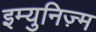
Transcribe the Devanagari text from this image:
इम्युनिज़्म